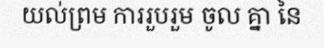
យល់ព្រម ការរួបរួម ចូល គ្នា នៃ